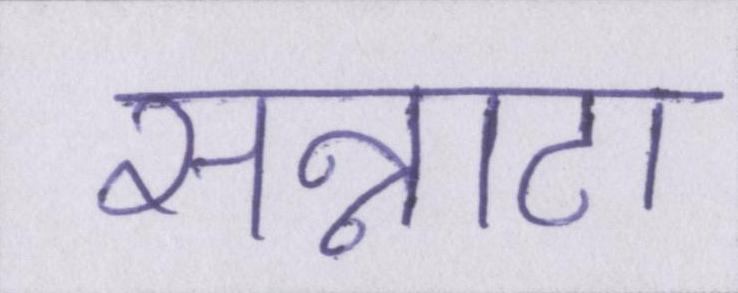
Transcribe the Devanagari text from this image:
सन्नाटा